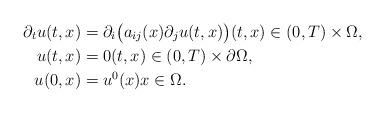
LaTeX: \begin{align*} \partial_{t} u(t, x) &= \partial_{i} \big(a_{ij}(x) \partial_{j} u(t, x)\big) (t, x) \in (0, T) \times \Omega, \\ u(t, x) &= 0 (t, x) \in (0, T) \times \partial \Omega, \\ u(0, x) &= u^{0}(x) x \in \Omega. \end{align*}